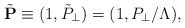
\begin{align*}\tilde{\bf P} \equiv (1,\tilde{P}_\perp) = (1,P_\perp / \Lambda),\end{align*}